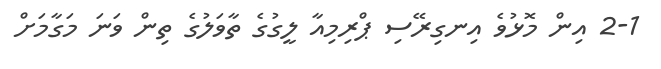
2-1 އިން މޮޅުވެ އިނގިރޭސި ޕްރިމިއާ ލީގުގެ ތާވަލުގެ ތިން ވަނަ މަގާމަށް